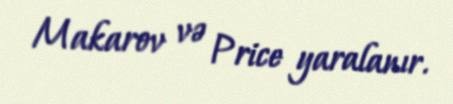
Makarov və Price yaralanır.